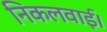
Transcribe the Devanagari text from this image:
निकलवाई।